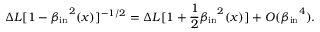
\Delta L [ 1 - { \beta _ { \mathrm { i n } } } ^ { 2 } ( x ) ] ^ { - 1 / 2 } = \Delta L [ 1 + { \frac { 1 } { 2 } } { \beta _ { \mathrm { i n } } } ^ { 2 } ( x ) ] + { \cal O } ( { \beta _ { \mathrm { i n } } } ^ { 4 } ) .